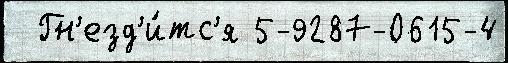
  Гн'езд'и́тс'я 5-9287-0615-4